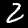
Digit: 2